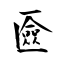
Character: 匳